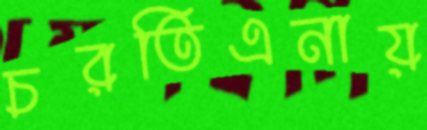
চরতিএনায়